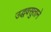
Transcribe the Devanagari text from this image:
उद्धवसुताने